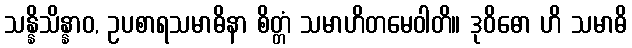
သန္နိသိန္နာဝ, ဥပစာရသမာဓိနာ စိတ္တံ သမာဟိတမေဝါတိ။ ဒုဝိဓော ဟိ သမာဓိ